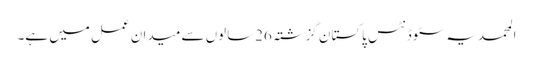
المحمدیہ سٹوڈنٹس پاکستان گزشتہ 26سالوں سے میدان عمل میں ہے۔